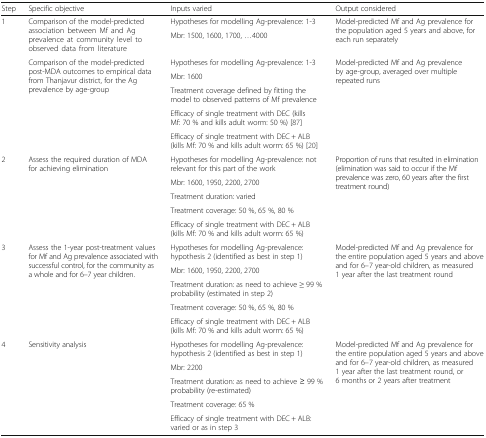
| Step | Specific objective | Inputs varied | Output considered |
 | --- | --- | --- | --- |
 | <ROWSPAN=7> 1 | <ROWSPAN=2> Comparison of the model-predicted association between Mf and Ag prevalence at community level to observed data from literature | Hypotheses for modelling Ag-prevalence: 1-3 | <ROWSPAN=2> Model-predicted Mf and Ag prevalence for the population aged 5 years and above, for each run separately |
 | Mbr: 1500, 1600, 1700, ...4000 |
 | <ROWSPAN=5> Comparison of the model-predicted post-MDA outcomes to empirical data from Thanjavur district, for the Ag prevalence by age-group | Hypotheses for modelling Ag-prevalence: 1-3 | <ROWSPAN=5> Model-predicted Mf and Ag prevalence by age-group, averaged over multiple repeated runs |
 | Mbr: 1600 |
 | Treatment coverage defined by fitting the model to observed patterns of Mf prevalence |
 | Efficacy of single treatment with DEC (kills Mf: 70 % and kills adult worm: 50 %) [87] |
 | Efficacy of single treatment with DEC + ALB (kills Mf: 70 % and kills adult worm: 65 %) [20] |
 | <ROWSPAN=5> 2 | <ROWSPAN=5> Assess the required duration of MDA for achieving elimination | Hypotheses for modelling Ag-prevalence: not relevant for this part of the work | <ROWSPAN=5> Proportion of runs that resulted in elimination (elimination was said to occur if the Mf prevalence was zero, 60 years after the first treatment round) |
 | Mbr: 1600, 1950, 2200, 2700 |
 | Treatment duration: varied |
 | Treatment coverage: 50 %, 65 %, 80 % |
 | Efficacy of single treatment with DEC + ALB (kills Mf: 70 % and kills adult worm: 65 %) |
 | <ROWSPAN=5> 3 | <ROWSPAN=5> Assess the 1-year post-treatment values for Mf and Ag prevalence associated with successful control, for the community as a whole and for 6–7 year children. | Hypotheses for modelling Ag-prevalence: hypothesis 2 (identified as best in step 1) | <ROWSPAN=5> Model-predicted Mf and Ag prevalence for the entire population aged 5 years and above and for 6–7 year-old children, as measured 1 year after the last treatment round |
 | Mbr: 1600, 1950, 2200, 2700 |
 | Treatment duration: as need to achieve ≥ 99 % probability (estimated in step 2) |
 | Treatment coverage: 50 %, 65 %, 80 % |
 | Efficacy of single treatment with DEC + ALB (kills Mf: 70 % and kills adult worm: 65 %) |
 | <ROWSPAN=5> 4 | <ROWSPAN=5> Sensitivity analysis | Hypotheses for modelling Ag-prevalence: hypothesis 2 (identified as best in step 1) | <ROWSPAN=5> Model-predicted Mf and Ag prevalence for the entire population aged 5 years and above and for 6–7 year-old children, as measured 1 year after the last treatment round, or 6 months or 2 years after treatment |
 | Mbr: 2200 |
 | Treatment duration: as need to achieve ≥ 99 % probability (re-estimated) |
 | Treatment coverage: 65 % |
 | Efficacy of single treatment with DEC + ALB: varied or as in step 3 |